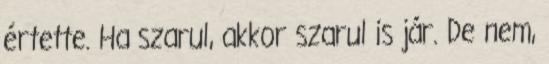
értette. Ha szarul, akkor szarul is jár. De nem,